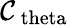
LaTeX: \mathcal{C}_{\mathrm{{\ theta}}}